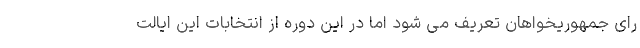
رای جمهوریخواهان تعریف می شود اما در این دوره از انتخابات این ایالت